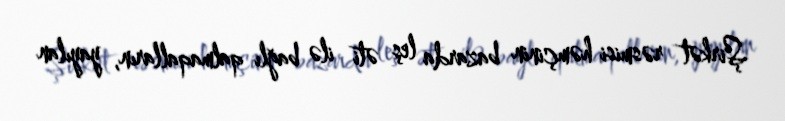
Şirkət rəsmisi həmçinin bazarda leş əti ilə bağlı qalmaqalların, yayılan